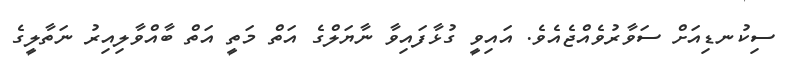
ސިކުނޑިއަށް ސަވާރުވެއްޖެއެވެ. އައިވީ ގުޅާފައިވާ ނާޔަލްގެ އަތް މަތީ އަތް ބާއްވާލިއިރު ނަތާލީގެ